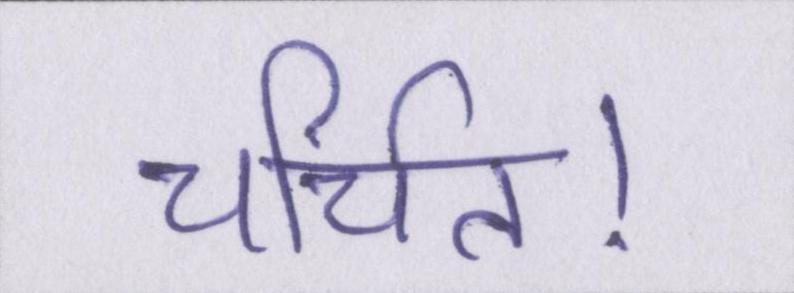
चर्चित।